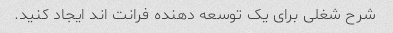
شرح شغلی برای یک توسعه دهنده فرانت اند ایجاد کنید.